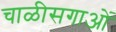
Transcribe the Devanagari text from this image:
चाळीसगाओं